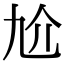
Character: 𠆷